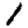
Digit: 1